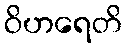
ဝိဟရေတိ